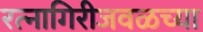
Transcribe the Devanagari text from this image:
रत्नागिरीजवळच्या